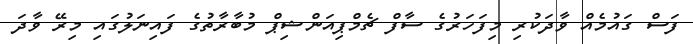
ފަސް ގައުމެއް ވާދަކުރި މިފަހަރުގެ ސާފް ޗެމްޕިއަންޝިޕް މުބާރާތުގެ ފައިނަލުގައި މިރޭ ވާދަ